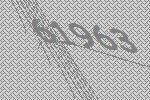
61963